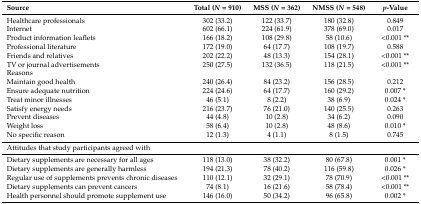
<table><thead><tr><td><b>Source</b></td><td><b>Total (<i>N</i> = 910)</b></td><td><b>MSS (<i>N</i> = 362)</b></td><td><b>NMSS (<i>N</i> = 548)</b></td><td><b><i>p</i>-Value</b></td></tr></thead><tbody><tr><td>Healthcare professionals</td><td>302 (33.2)</td><td>122 (33.7)</td><td>180 (32.8)</td><td>0.849</td></tr><tr><td>Internet </td><td>602 (66.1)</td><td>224 (61.9)</td><td>378 (69.0)</td><td>0.017</td></tr><tr><td>Product information leaflets</td><td>166 (18.2)</td><td>108 (29.8)</td><td>58 (10.6)</td><td>&lt;0.001 **</td></tr><tr><td>Professional literature</td><td>172 (19.0)</td><td>64 (17.7)</td><td>108 (19.7)</td><td>0.588</td></tr><tr><td>Friends and relatives</td><td>202 (22.2)</td><td>48 (13.3)</td><td>154 (28.1)</td><td>&lt;0.001 **</td></tr><tr><td>TV or journal advertisements</td><td>250 (27.5)</td><td>132 (36.5)</td><td>118 (21.5)</td><td>&lt;0.001 **</td></tr><tr><td>Reasons</td><td></td><td></td><td></td><td></td></tr><tr><td>Maintain good health</td><td>240 (26.4)</td><td>84 (23.2)</td><td>156 (28.5)</td><td>0.212</td></tr><tr><td>Ensure adequate nutrition</td><td>224 (24.6)</td><td>64 (17.7)</td><td>160 (29.2)</td><td>0.007 *</td></tr><tr><td>Treat minor illnesses</td><td>46 (5.1)</td><td>8 (2.2)</td><td>38 (6.9)</td><td>0.024 *</td></tr><tr><td>Satisfy energy needs</td><td>216 (23.7)</td><td>76 (21.0)</td><td>140 (25.5)</td><td>0.263</td></tr><tr><td>Prevent diseases</td><td>44 (4.8)</td><td>10 (2.8)</td><td>34 (6.2)</td><td>0.090</td></tr><tr><td>Weight loss</td><td>58 (6.4)</td><td>10 (2.8)</td><td>48 (8.6)</td><td>0.010 *</td></tr><tr><td>No specific reason</td><td>12 (1.3)</td><td>4 (1.1)</td><td>8 (1.5)</td><td>0.745</td></tr><tr><td colspan="5">Attitudes that study participants agreed with</td></tr><tr><td>Dietary supplements are necessary for all ages</td><td>118 (13.0)</td><td>38 (32.2)</td><td>80 (67.8)</td><td>0.001 *</td></tr><tr><td>Dietary supplements are generally harmless</td><td>194 (21.3)</td><td>78 (40.2)</td><td>116 (59.8)</td><td>0.026 *</td></tr><tr><td>Regular use of supplements prevents chronic diseases</td><td>110 (12.1)</td><td>32 (29.1)</td><td>78 (70.9)</td><td>&lt;0.001 **</td></tr><tr><td>Dietary supplements can prevent cancers</td><td>74 (8.1)</td><td>16 (21.6)</td><td>58 (78.4)</td><td>&lt;0.001 **</td></tr><tr><td>Health personnel should promote supplement use</td><td>146 (16.0)</td><td>50 (34.2)</td><td>96 (65.8)</td><td>0.002 *</td></tr></tbody></table>